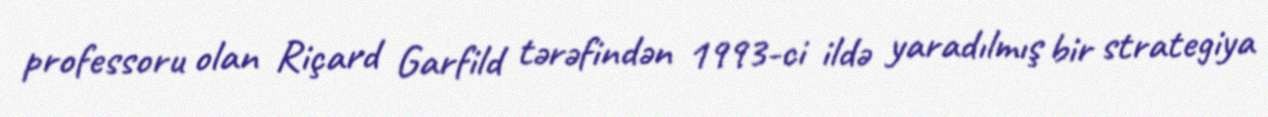
professoru olan Riçard Garfild tərəfindən 1993-ci ildə yaradılmış bir strategiya